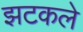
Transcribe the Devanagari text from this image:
झटकले